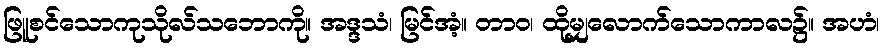
ဖြူစင်သောကုသိုလ်သဘောကို။ အဒ္ဒသံ၊ မြင်အံ့။ တာဝ၊ ထိုမျှလောက်သောကာလ၌။ အဟံ၊